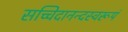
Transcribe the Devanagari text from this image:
सच्चिदानन्दस्वरूपं